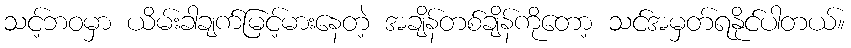
သင့်ဘဝမှာ ယိမ်းခါချက်မြင့်မားနေတဲ့ အချိန်တစ်ချိန်ကိုတော့ သင်အမှတ်ရနိုင်ပါတယ်။